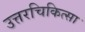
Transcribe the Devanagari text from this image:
उत्तरचिकित्सा